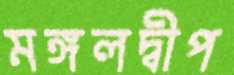
মঙ্গলদ্বীপ